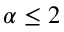
\alpha \leq 2